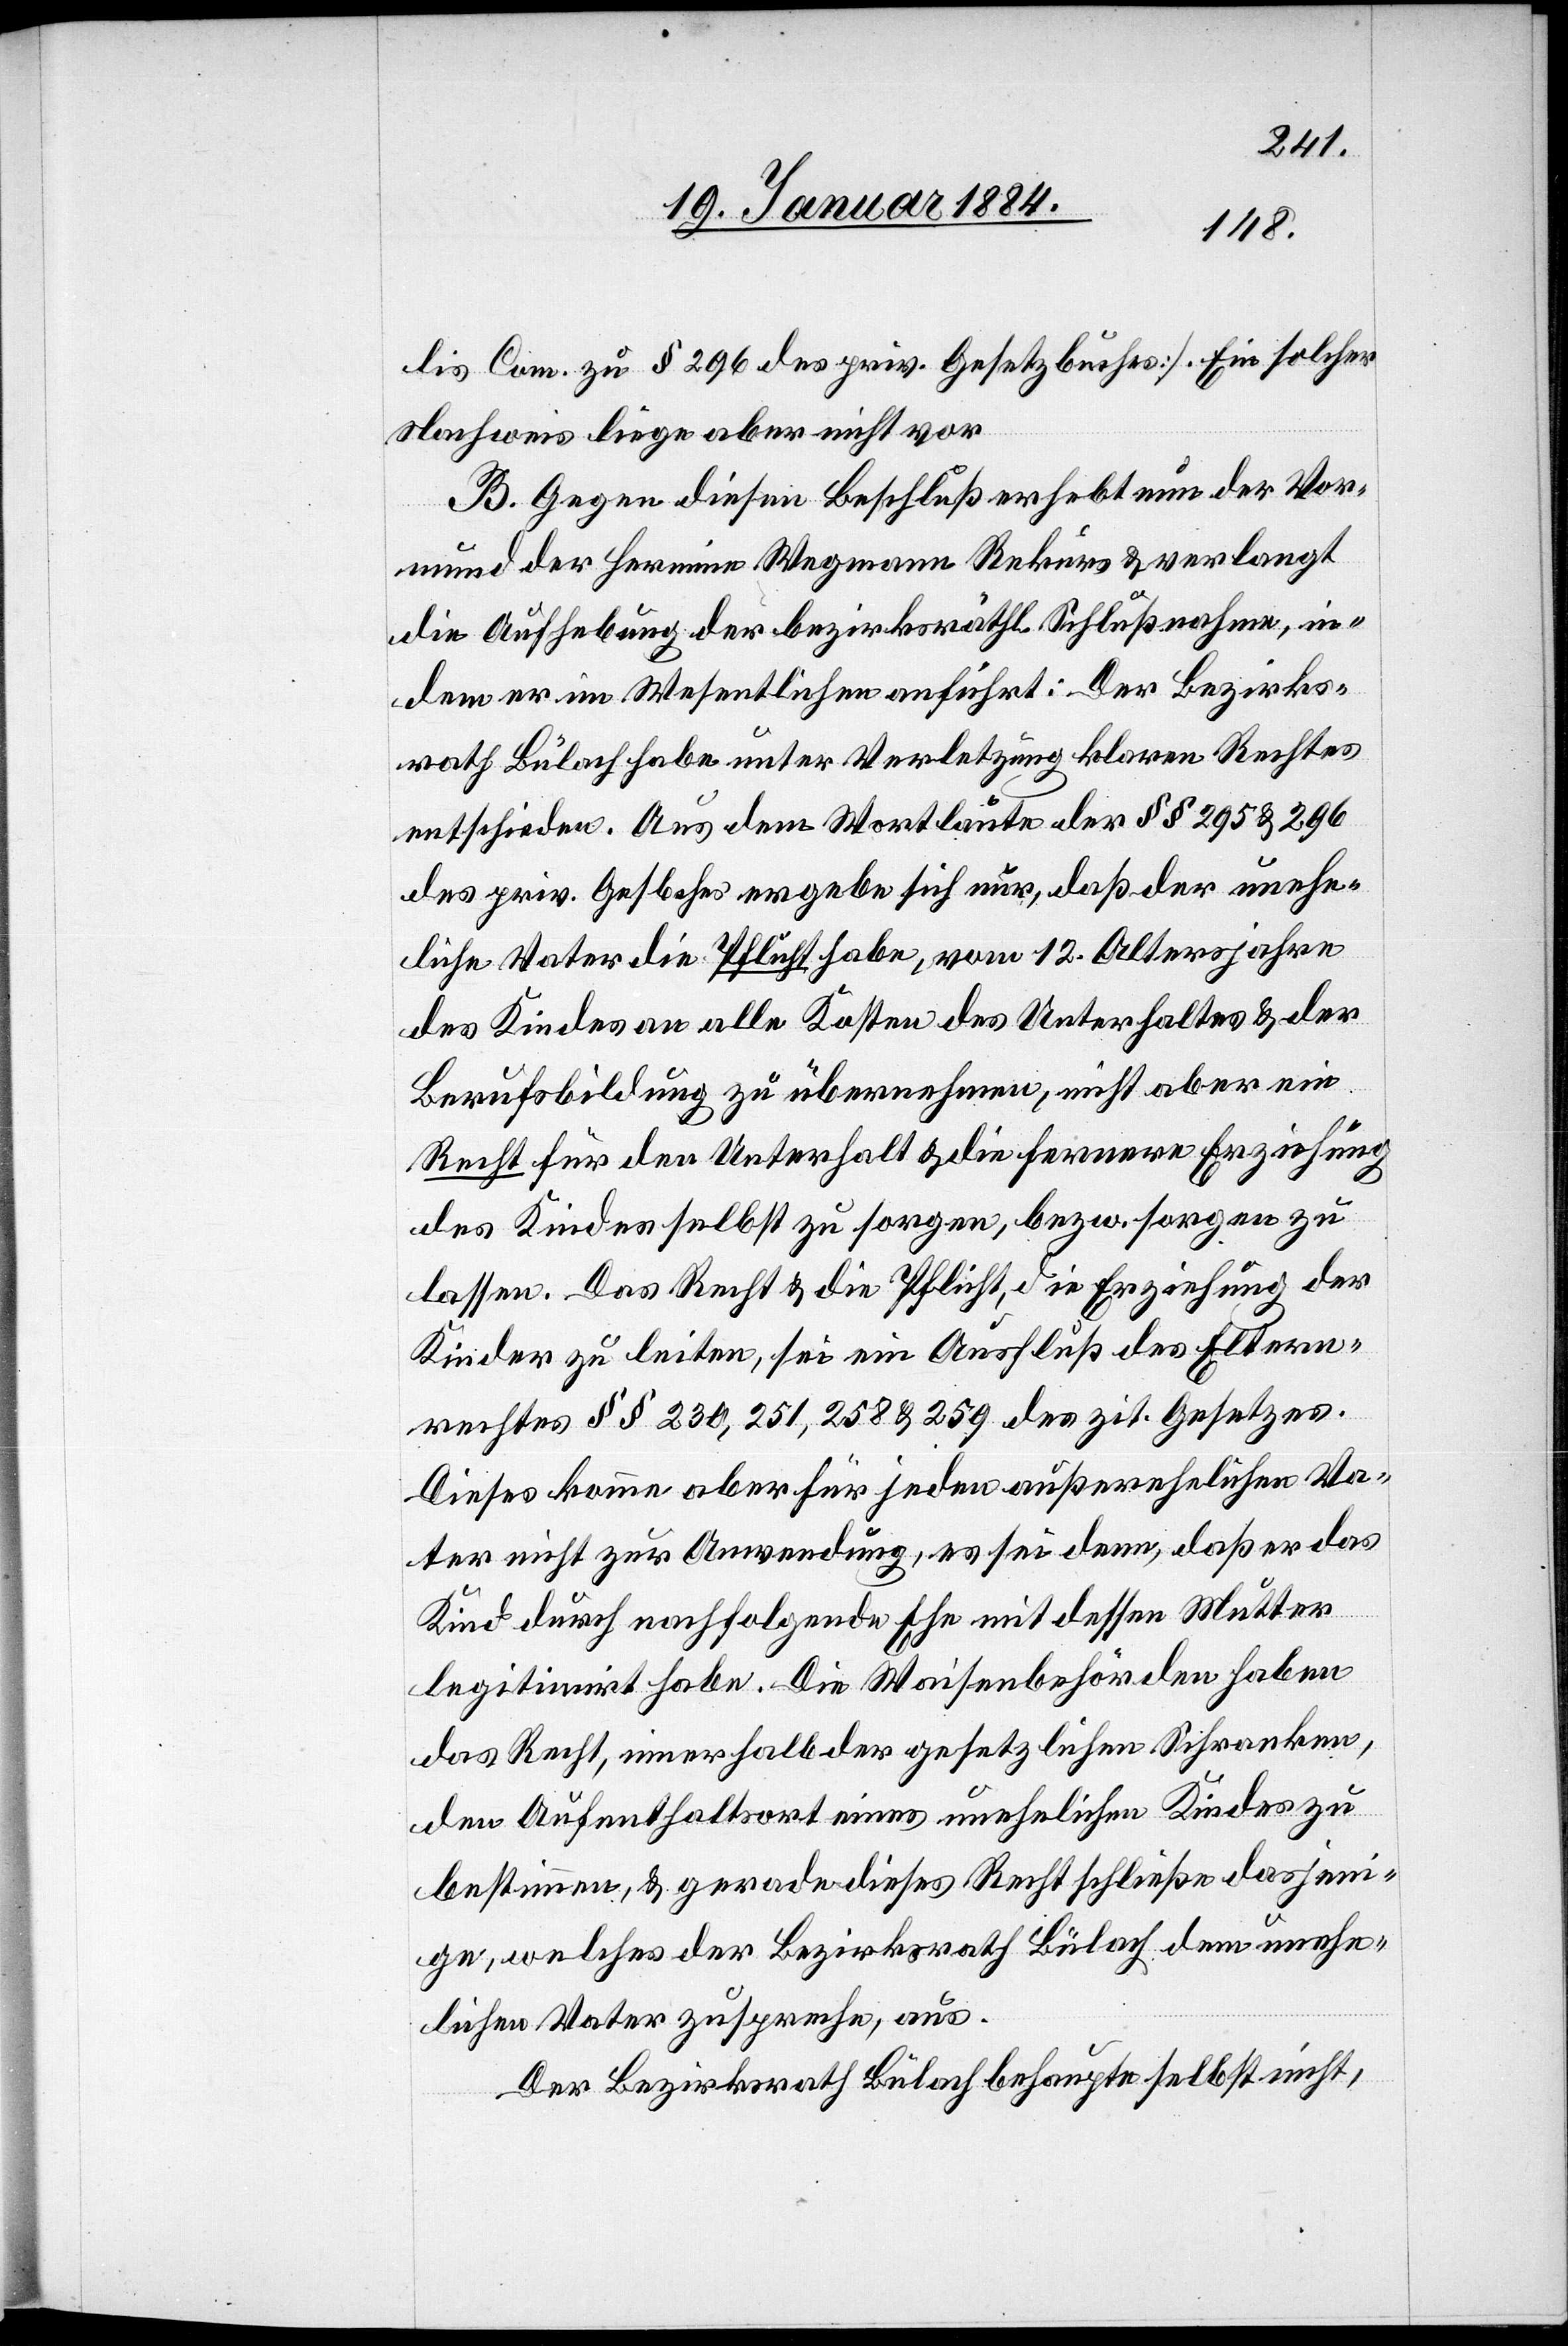
lis Com. zu § 296 des priv. Gesetzbuches]. Ein solcher
Nachweis liege aber nicht vor.
B. Gegen diesen Beschluß erhebt nun der Vor¬
mund der Hermine Wegmann Rekurs & verlangt
die Aufhebung der bezirksräthl. Schlußnahme, in¬
dem er im Wesentlichen anführt: Der Bezirks¬
rath Bülach habe unter Verletzung klaren Rechtes
entschieden. Aus dem Wortlaute der §§ 295 & 296
des priv. Gesbchs. ergebe sich nur, daß der unehe¬
liche Vater die Pflicht habe, vom 12. Altersjahre
des Kindes an alle Kosten des Unterhaltes & der
Berufsbildung zu übernehmen, nicht aber ein
Recht für den Unterhalt & die fernere Erziehung
des Kindes selbst zu sorgen, bzw. sorgen zu
lassen. Das Recht & die Pflicht, die Erziehung der
Kinder zu leiten, sei ein Ausschluß des Eltern¬
rechtes §§ 230, 251, 258, 259 des zit. Gesetzes.
Dieses komme aber für jeden außerehelichen Va¬
ter nicht zur Anwendung, es sei denn, daß er das
Kind durch nachfolgende Ehe mit dessen Mutter
legitimirt habe. Die Waisenbehörden haben
das Recht, innerhalb der gesetzlichen Schranken,
den Aufenthaltsort eines unehelichen Kindes zu
bestimmen, & gerade dieses Recht schließe dasjeni¬
ge, welches der Bezirksrath Bülach dem unehe¬
lichen Vatter zuspreche, aus.
Der Bezirksrath Bülach behaupte selbst nicht,